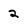
Character: 2